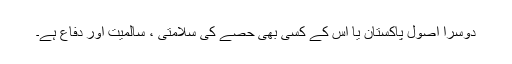
دوسرا اصول پاکستان یا اس کے کسی بھی حصے کی سلامتی ، سالمیت اور دفاع ہے۔